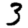
Digit: 3